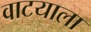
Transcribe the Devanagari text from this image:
वाटयाला